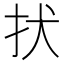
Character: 㧋